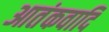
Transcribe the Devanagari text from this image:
आतंकवादि